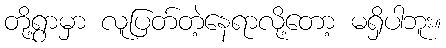
တို့ရွာမှာ လူပြတ်တဲ့နေရာလို့တော့ မရှိပါဘူး။